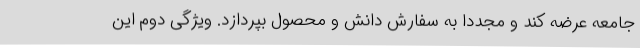
جامعه عرضه کند و مجددا به سفارش دانش و محصول بپردازد. ویژگی دوم این